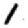
Digit: 1